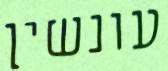
עונשין